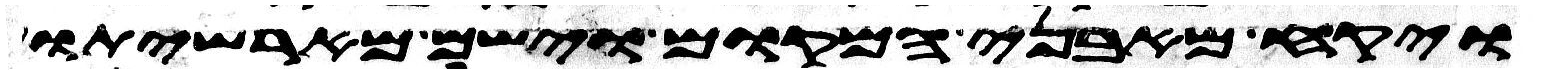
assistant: ויקח מאבני המקום וישם מראשיתו